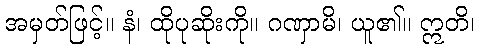
အမှတ်ဖြင့်။ နံ၊ ထိုပုဆိုးကို။ ဂဏှာမိ၊ ယူ၏။ ဣတိ၊